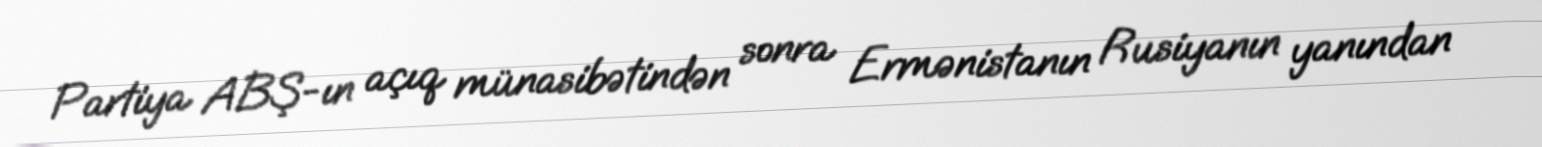
Partiya ABŞ-ın açıq münasibətindən sonra Ermənistanın Rusiyanın yanından